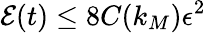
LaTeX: \mathcal{E}(t)\leq 8C(k_{M})\epsilon^{2}